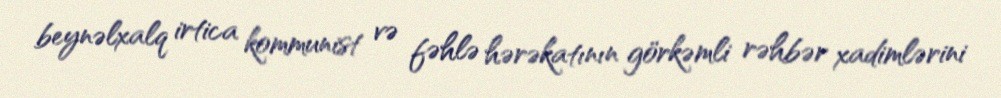
beynəlxalq irtica kommunist və fəhlə hərəkatının görkəmli rəhbər xadimlərini